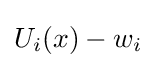
U_{i}(x)-w_{i}